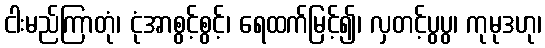
ငါးမည်ကြာတုံ၊ ငုံအာစွင့်စွင့်၊ ရေထက်မြင့်၍၊ လှတင့်ပွပွ၊ ကုမုဒဟု၊